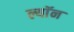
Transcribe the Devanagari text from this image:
ल्याॅन